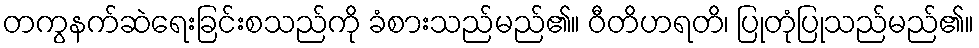
တကွနက်ဆဲရေးခြင်းစသည်ကို ခံစားသည်မည်၏။ ဝီတိဟရတိ၊ ပြုတုံပြုသည်မည်၏။